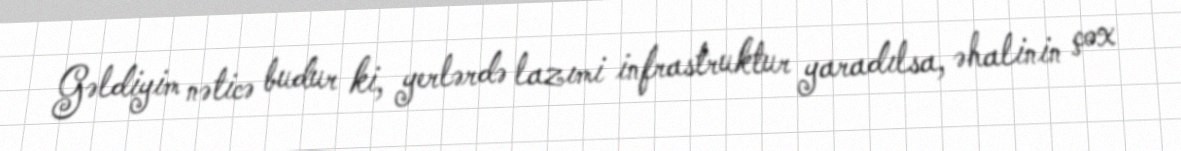
Gəldiyim nəticə budur ki, yerlərdə lazımi infrastruktur yaradılsa, əhalinin çox